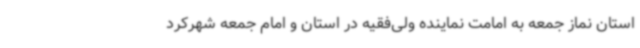
استان نماز جمعه به امامت نماینده ولی‌فقیه در استان و امام جمعه شهرکرد